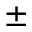
\pm